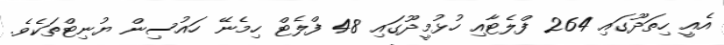
އެއީ ހިތަދޫގައި 264 ފްލެޓާއި ހުޅުމީދޫގައި 48 ފްލެޓް ހިމެނޭ ހައުސިން ޔުނިޓްތަކެވެ.